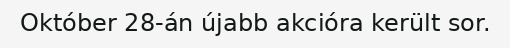
Október 28-án újabb akcióra került sor.